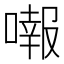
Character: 𠾷